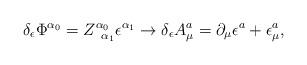
LaTeX: \begin{align*}\delta _{\epsilon }\Phi ^{\alpha _{0}}=Z_{\;\;\alpha _{1}}^{\alpha _{0}}\epsilon ^{\alpha _{1}}\rightarrow \delta _{\epsilon }A_{\mu }^{a}=\partial _{\mu }\epsilon ^{a}+\epsilon _{\mu }^{a}, \end{align*}